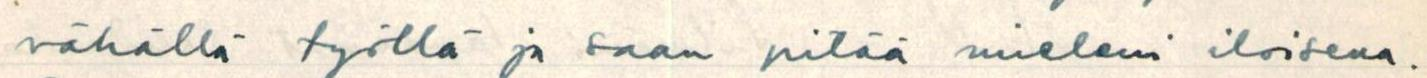
vähällä työllä ja saan pitää mieleni iloisena.